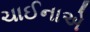
ચાઈનાએ